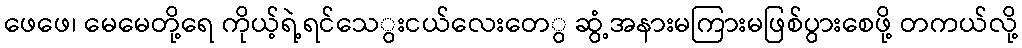
ဖေဖေ၊ မေမေတို့ရေ ကိုယ့်ရဲ့ရင်သေွးငယ်လေးတေွ ဆွံ့အနားမကြားမဖြစ်ပွားစေဖို့ တကယ်လို့